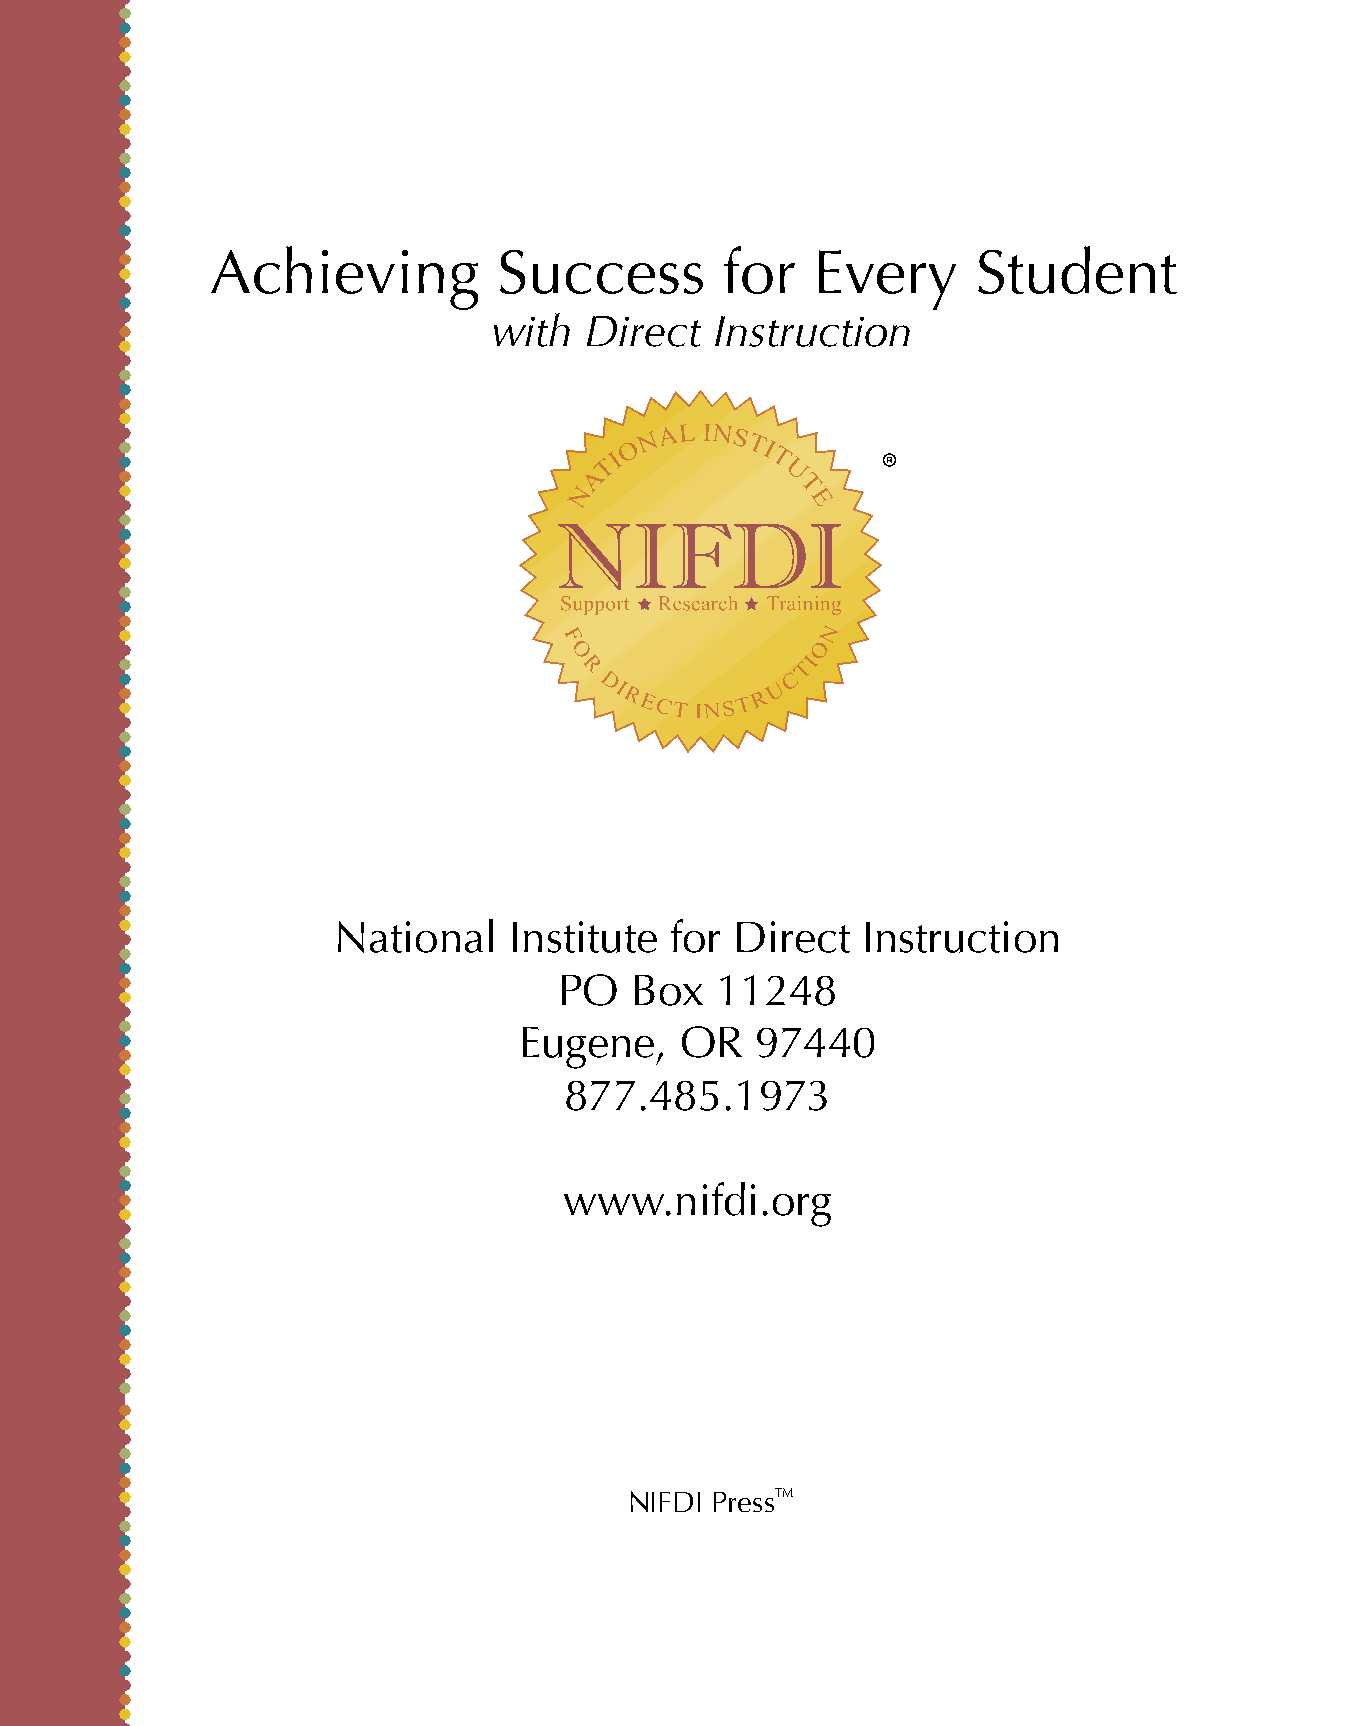
Achieving          Success        for   Every      Student
 with  Direct  Instruction
 ®
 National    Institute for  Direct  Instruction
 PO   Box  11248
 Eugene,    OR   97440
 877.485.1973
 www.nifdi.org
 NIFDI PressTM